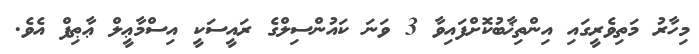
މިހާރު މަތިވެރީގައި އިންތިޚާބުކޮށްފައިވާ 3 ވަނަ ކައުންސިލްގެ ރައީސަކީ އިސްމާޢީލް ޢާޠިފް އެވެ.